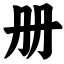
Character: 册